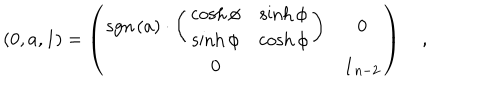
\left( 0 , a , 1 \right) = \left( \begin{array} { c c } { { \mathrm { s g n } \left( a \right) \cdot \left( \begin{array} { c c } { { \cosh \phi } } & { { \sinh \phi } } \\ { { \sinh \phi } } & { { \cosh \phi } } \\ \end{array} \right) } } & { { 0 } } \\ { { 0 } } & { { { \bf 1 } _ { n - 2 } } } \\ \end{array} \right) \quad ,